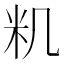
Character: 籶